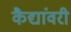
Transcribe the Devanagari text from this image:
कैद्यांवरी